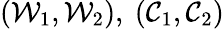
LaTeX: (\mathcal{W}_{1},\mathcal{W}_{2}),~(\mathcal{C}_{1},\mathcal{C}_{2})